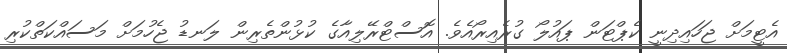
އެޓީމަށް ޖަހައިދިނީ ކެޕްޓަން ޕައުލޯ ގުރެއިރޯއެވެ. އޮސްޓްރޭލިއާގެ ކުޅުންތެރިން ލަނޑު ޖެހުމަށް މަސައްކަތްކުރި